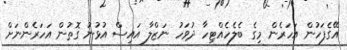
އޭގެފަހުން އަހަރެން މިގެ ބެލެހެއްޓިހާ ދުވަހު ނަޒްލާ އައިސް އުޅުނު ގޮތުން އަހަރެންނަށް